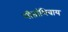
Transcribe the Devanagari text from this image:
गीतांशिवाय